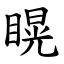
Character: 䁜